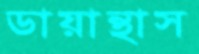
ডায়ান্থাস